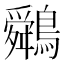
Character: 䴄